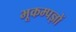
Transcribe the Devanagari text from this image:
भूकम्पज्ञों